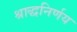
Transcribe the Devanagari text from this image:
श्राद्धनिर्णय